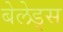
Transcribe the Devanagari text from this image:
बेलेड्स